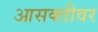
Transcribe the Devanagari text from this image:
आसक्तीवर